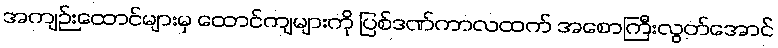
အကျဉ်းထောင်များမှ ထောင်ကျများကို ပြစ်ဒဏ်ကာလထက် အစောကြီးလွတ်အောင်